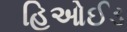
હિઓઈડ